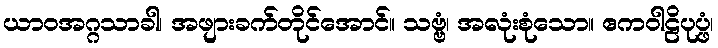
ယာဝအဂ္ဂသာခါ၊ အဖျားခက်တိုင်အောင်။ သဗ္ဗံ၊ အလုံးစုံသော။ ဧကဝါဠိပုပ္ဖံ၊